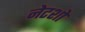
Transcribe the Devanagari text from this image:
नेटशो